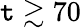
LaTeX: \mathtt{t}\gtrsim70